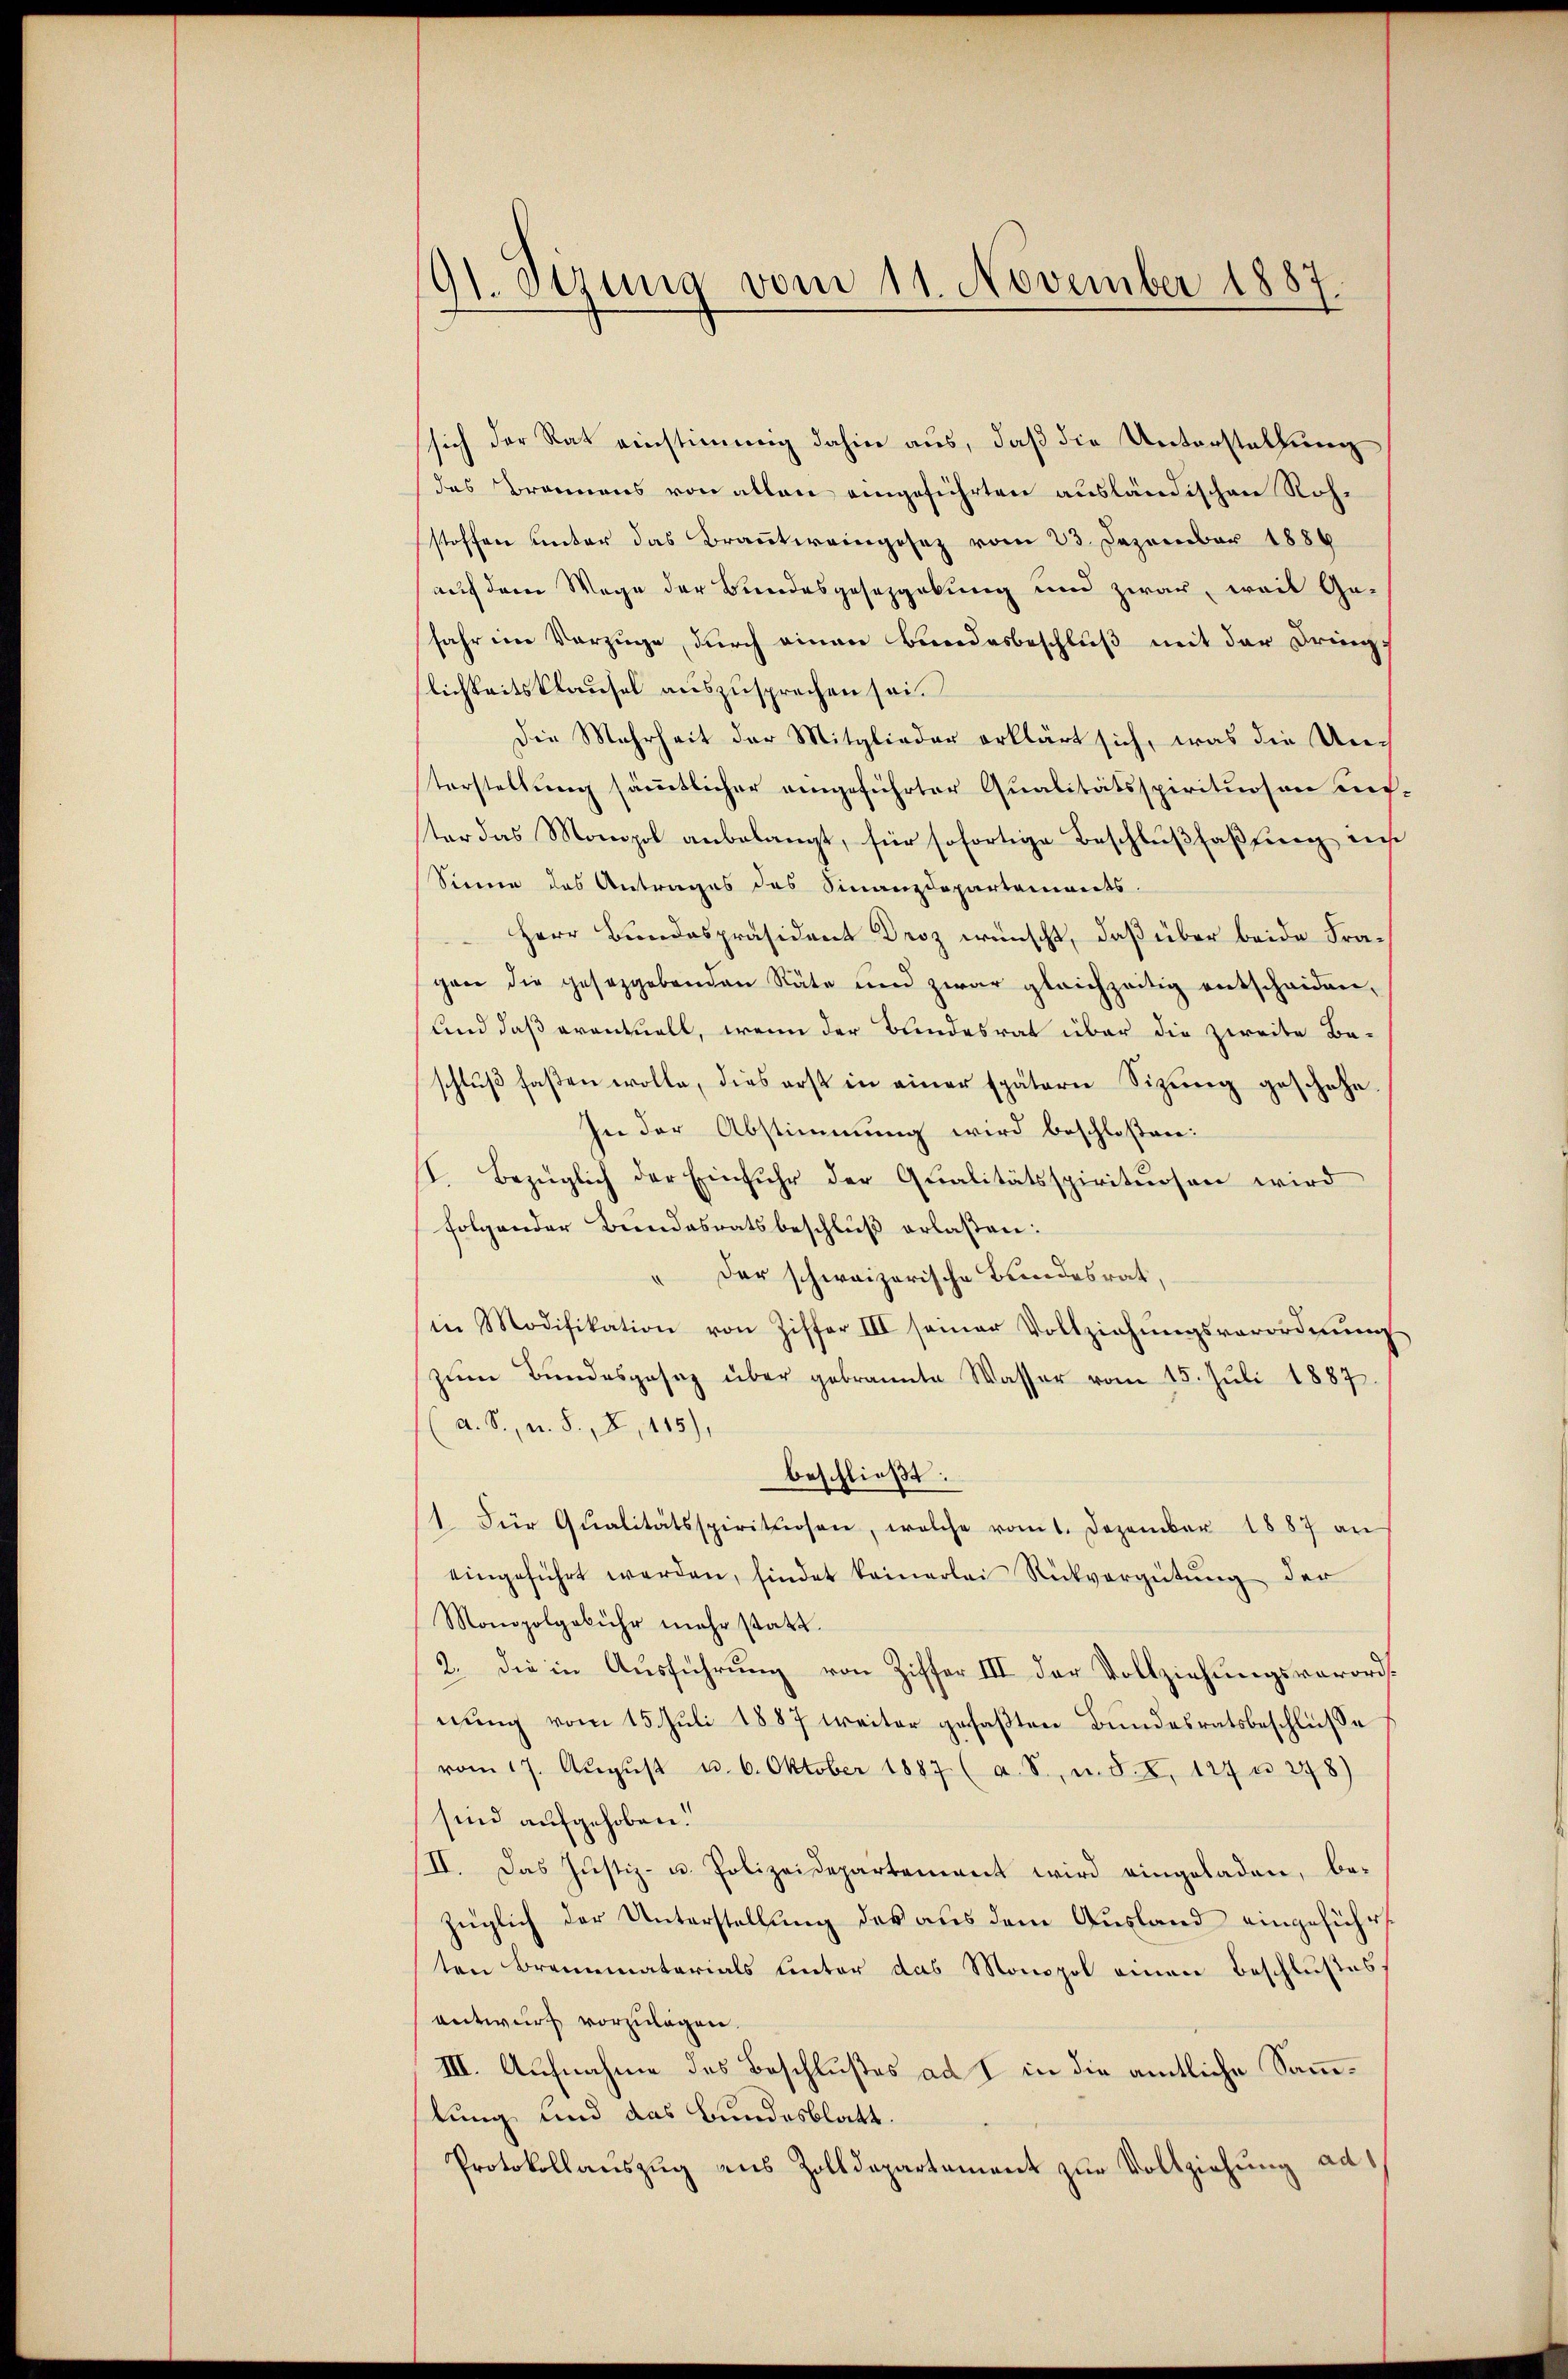
91. Sizung vom 11. November 1887.

sich der Rat einstimmig dahin aus, daß die Unterstaltung
des Brannens von allen eingeführten ausländischen Rohstoffen unter das Brautweingesez vom 23. Dezember 1886
auf dem Wege der Bundesgesezgebung und zwar, weil Ge-
Jahr im Vorzüge, durch einen Bundesbeschluß mit der Dring
lichkeitsklausel auszusprechen sei.
Die Mehrheit der Mitglieder erklärt sich, was die Unterstellung sämmtlicher angeführter Qualitätsspirituosen un
ter das Monopol anbelangt, für sofortige Beschlußfaßung ein
Sinne das Antrages des Finanzdepartaments.
Herr Bundespräsident Droz wünscht, daß über beide Fragen die gesetzgebenden Räte und zwar gleichzeitig entscheiden,
und daß eventuell, wenn der Bundesrat über die zweite Beschlŭβ faßen wolle, dies erst in einer spätern Sitzung geschehe
In der Abstimmung wird beschloßen:
I. Bezüglich der Einfuhr der Qualitätsspirituosen wird
folgender Bundesratsbeschluß erlaßen:
" der schweizerische Bundesrat,
in Modifikation von Ziffer III seiner Vollziehŭngsverordnŭng
zŭm Bŭndesgesez über gebrannte Wasser vom 15. Jŭli 1887.
a. S., n. F., X, 115),
beschließt:
1. Für Qŭalitätsspirituosen, welche vom 1. Dezember 1887 an
eingeführt werden, findet keinerlei Rückvergütung der
Monopolgebühr mehr statt.
2. die in Ausführung von Ziffer III der Vollziehungsverordnung vom 15. Juli 1887 weiter gefaßten Bundesratsbeschlüsse
vom 17. Aŭgŭst u. 6. Oktober 1887 (a. S., u. s. S. 127 u. 278)
sind aufgehoben.
/II. Das Justiz- u. Polizeidepartement wird eingeladen, bezüglich der Unterstellung des aus dem Ausland eingeführ
ten Brennmaterials unter das Monopol einen Beschlußes
entwurf vorzulagen.
III. Aufnahme des Beschlußes ad I in die amtliche Sammlung und das Bundesblatt.
Protokollauszug aus Zolldepartement zur Vollziehung ad